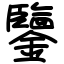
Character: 鑒